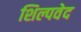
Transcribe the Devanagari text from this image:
शिल्पवेद